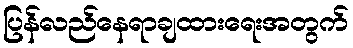
ပြန်လည်နေရာချထားရေးအတွက်